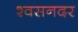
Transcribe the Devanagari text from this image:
श्वसनदर